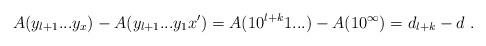
LaTeX: \begin{align*}A(y_{l+1}...y_x) - A(y_{l+1}...y_1x') = A(10^{l+k}1...) - A(1 0 ^\infty) = d_{l+k} - d \ .\end{align*}